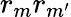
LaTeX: r_{m}r_{m^{\prime}}